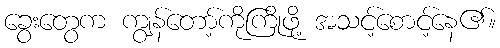
ခွေးတွေက ကျွန်တော့်ကိုကြိုဖို့ အသင့်စောင့်နေ၏။